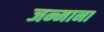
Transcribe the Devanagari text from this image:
जन्माना